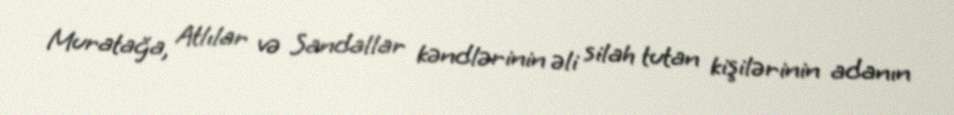
Muratağa, Atlılar və Sandallar kəndlərinin əli silah tutan kişilərinin adanın